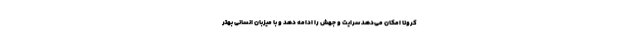
کرونا امکان می‌دهد سرایت و جهش را ادامه دهد و با میزبان انسانی بهتر